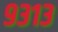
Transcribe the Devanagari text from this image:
९३१३